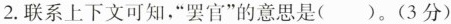
2.联系上下文可知，”罢官”的意思是()。(3分)